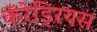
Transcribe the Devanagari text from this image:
कॅरेड्रियस